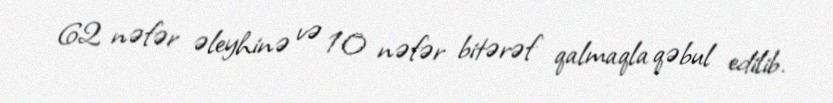
62 nəfər əleyhinə və 10 nəfər bitərəf qalmaqla qəbul edilib.